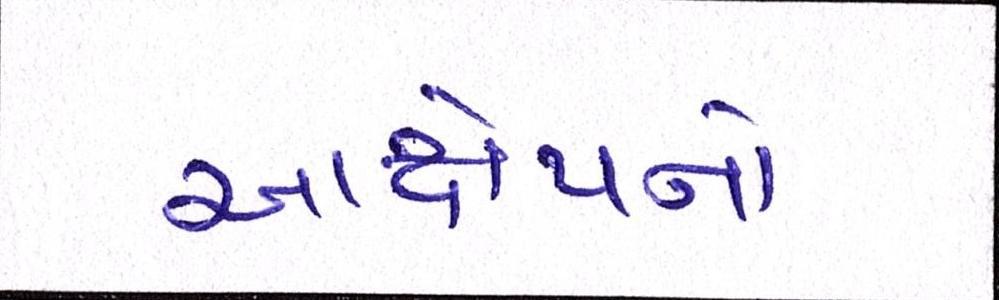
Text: આક્ષેપનો